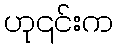
ဟု၎င်းက